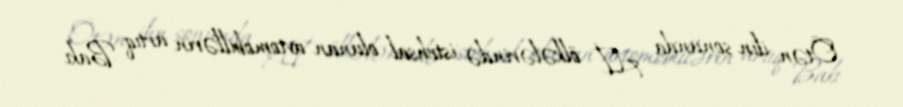
Ötən ilin sonunda Aİ ölkələrində istehsal olunan avtomobillərin artıq Bakı